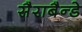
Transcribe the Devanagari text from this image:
सैराबैन्डे